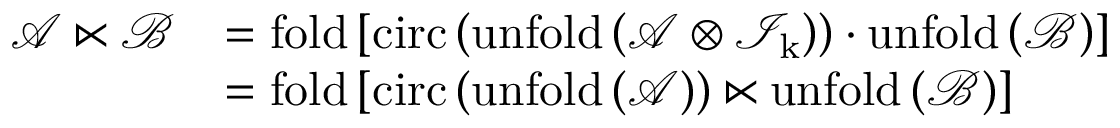
\begin{array} { r l } { \mathcal { A } \ltimes \mathcal { B } } & { = \mathrm { f o l d } \left[ \mathrm { c i r c } \left( \mathrm { u n f o l d \left( \mathcal { A } \otimes \mathcal { I } _ { k } \right) } \right) \cdot \mathrm { u n f o l d } \left( \mathcal { B } \right) \right] } \\ & { = \mathrm { f o l d } \left[ \mathrm { c i r c } \left( \mathrm { u n f o l d \left( \mathcal { A } \right) } \right) \ltimes \mathrm { u n f o l d } \left( \mathcal { B } \right) \right] } \end{array}